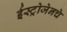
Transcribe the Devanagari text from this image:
ईस्ट्रोजेनचे